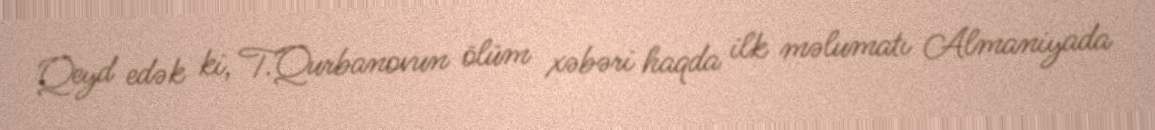
Qeyd edək ki, T.Qurbanovun ölüm xəbəri haqda ilk məlumatı Almaniyada